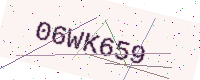
Text: 06WK659